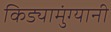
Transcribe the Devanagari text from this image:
किड्यामुंग्यानी